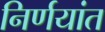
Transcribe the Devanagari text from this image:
निर्णयांत